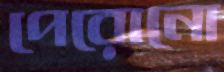
পেরোনো